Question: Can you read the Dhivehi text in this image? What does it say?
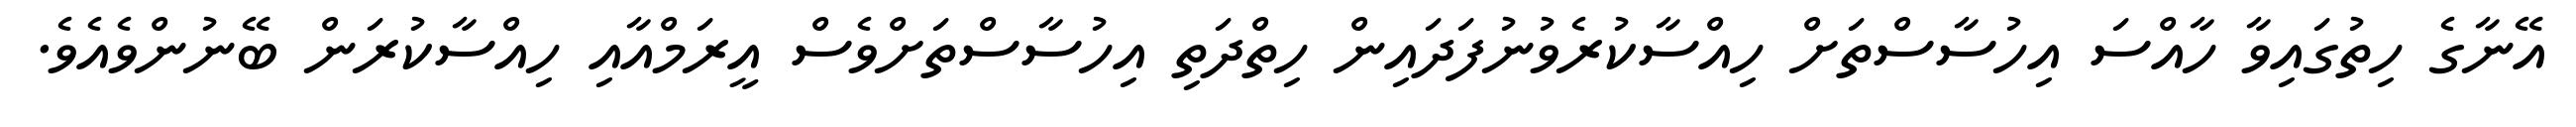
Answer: އޭނާގެ ހިތުގައިވާ ހާއްސަ އިހުސާސްތަށް ހިއްސާކުރެވުނުފަދައިން ހިތްދަތި އިހުސާސްތަށްވެސް އީރަމްއާއި ހިއްސާކުރަން ބޭނުންވެއެވެ.